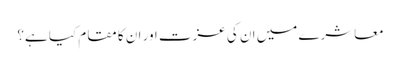
معاشرے میں ان کی عزت اور ان کا مقام کیا ہے؟